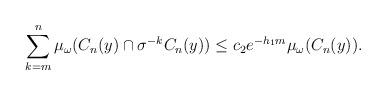
LaTeX: \begin{align*}\sum_{k=m}^{n}\mu_\omega(C_n(y)\cap \sigma^{-k}C_n(y))\le c_2 e^{-h_1 m}\mu_\omega(C_n(y)). \end{align*}